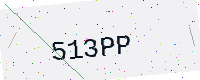
Text: 513PP